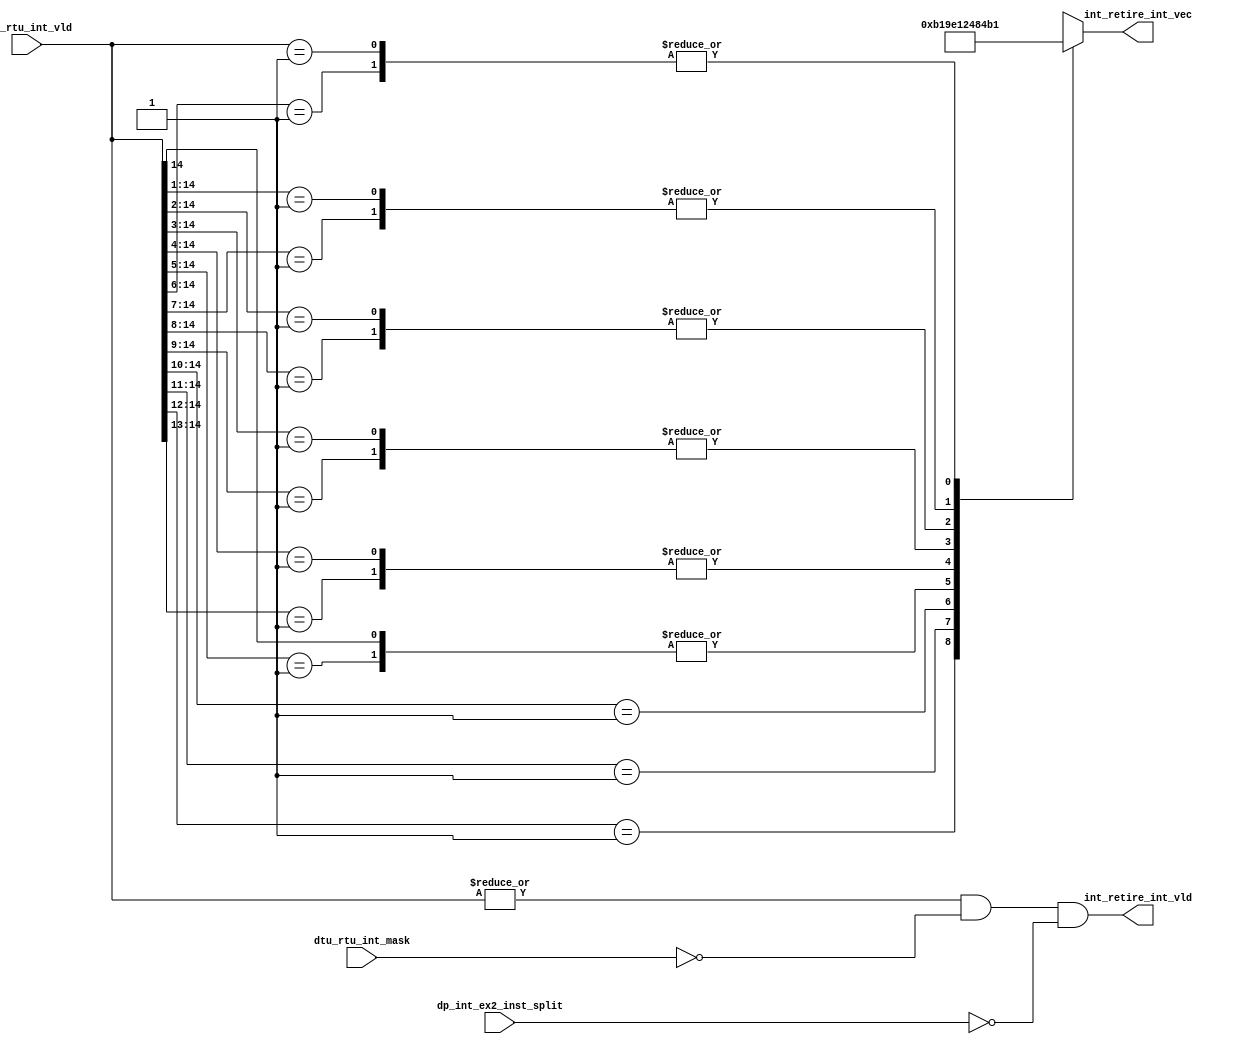
/*Copyright 2020-2021 T-Head Semiconductor Co., Ltd.

Licensed under the Apache License, Version 2.0 (the "License");
you may not use this file except in compliance with the License.
You may obtain a copy of the License at

    http://www.apache.org/licenses/LICENSE-2.0

Unless required by applicable law or agreed to in writing, software
distributed under the License is distributed on an "AS IS" BASIS,
WITHOUT WARRANTIES OR CONDITIONS OF ANY KIND, either express or implied.
See the License for the specific language governing permissions and
limitations under the License.
*/

// &ModuleBeg; @23
module aq_rtu_int(
  cp0_rtu_int_vld,
  dp_int_ex2_inst_split,
  dtu_rtu_int_mask,
  int_retire_int_vec,
  int_retire_int_vld
);


// &Ports; @25
input   [14:0]  cp0_rtu_int_vld;      
input           dp_int_ex2_inst_split; 
input           dtu_rtu_int_mask;     
output  [4 :0]  int_retire_int_vec;   
output          int_retire_int_vld;   

// &Regs; @26
reg     [4 :0]  int_vec;              

// &Wires; @27
wire    [14:0]  cp0_rtu_int_vld;      
wire            dp_int_ex2_inst_split; 
wire            dtu_rtu_int_mask;     
wire    [4 :0]  int_retire_int_vec;   
wire            int_retire_int_vld;   
wire            int_vld;              
wire    [14:0]  int_vld_raw;          



//==========================================================
//                        Int Source
//==========================================================
assign int_vld_raw[14:0] = cp0_rtu_int_vld[14:0];

// &CombBeg; @35
always @( int_vld_raw[14:0])
begin
casez(int_vld_raw[14:0])
  15'b1?????????????? : int_vec[4:0] = 5'd16; // mcip
  15'b01????????????? : int_vec[4:0] = 5'd18; // mhip
  15'b001???????????? : int_vec[4:0] = 5'd11; // meip
  15'b0001??????????? : int_vec[4:0] = 5'd3;  // msip
  15'b00001?????????? : int_vec[4:0] = 5'd7;  // mtip
  15'b000001????????? : int_vec[4:0] = 5'd9;  // seip
  15'b0000001???????? : int_vec[4:0] = 5'd1;  // ssip
  15'b00000001??????? : int_vec[4:0] = 5'd5;  // stip
  15'b000000001?????? : int_vec[4:0] = 5'd17; // moip
  15'b0000000001????? : int_vec[4:0] = 5'd16; // mcip
  15'b00000000001???? : int_vec[4:0] = 5'd18; // mhip
  15'b000000000001??? : int_vec[4:0] = 5'd9;  // seip
  15'b0000000000001?? : int_vec[4:0] = 5'd1;  // ssip
  15'b00000000000001? : int_vec[4:0] = 5'd5;  // stip
  15'b000000000000001 : int_vec[4:0] = 5'd17; // moip
  default      : int_vec[4:0] = {5{1'bx}};
endcase
// &CombEnd; @54
end

//==========================================================
//                        Int Judge
//==========================================================
assign int_vld = |int_vld_raw[14:0]
                 && !dtu_rtu_int_mask
                 && !dp_int_ex2_inst_split;

//==========================================================
//                          Output
//==========================================================
assign int_retire_int_vld     = int_vld;
assign int_retire_int_vec[4:0] = int_vec[4:0];

// &ModuleEnd; @69
endmodule